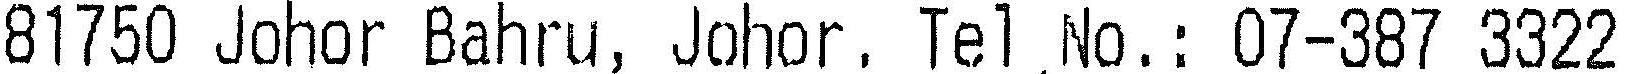
81750 JOHOR BAHRU, JOHOR. TEL NO.: 07-387 3322